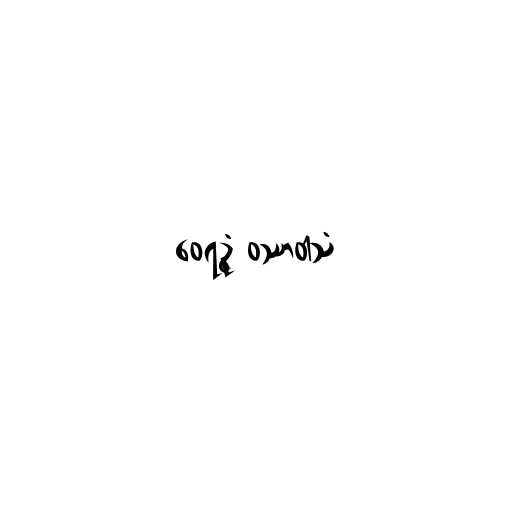
ဝေရဉ္ဇံ ဝဿာဝါသံ